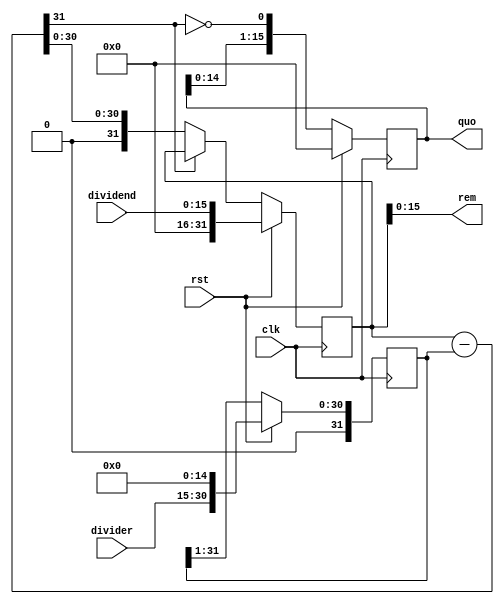
module divide_algo(
    input [15:0]dividend,
    input [15:0]divider,
    input clk,
	 input rst,
    output reg [15:0]quo,
    output [15:0]rem
    );

	reg [31:0]    dividend_copy, divider_copy, diff;
   wire [15:0]   rem = dividend_copy[15:0];

   always @( posedge clk )

     if ( rst ) 
	  begin

        bit = 16;
        quo = 0;
        dividend_copy = {16'd0,dividend};
        divider_copy = {1'b0,divider,15'd0};

     end 
	  
	  else 
	  begin

        diff = dividend_copy - divider_copy;
        quo = { quo[14:0], ~diff[31] };
        divider_copy = { 1'b0, divider_copy[31:1] };
        
		  if ( !diff[31] ) 
		  begin
			dividend_copy = diff;
        end

     end
endmodule